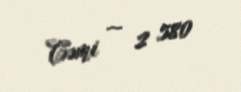
Cəmi — 2 580